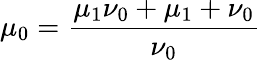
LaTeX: \mu_{0}=\frac{\mu_{1}\nu_{0}+\mu_{1}+\nu_{0}}{\nu_{0}}